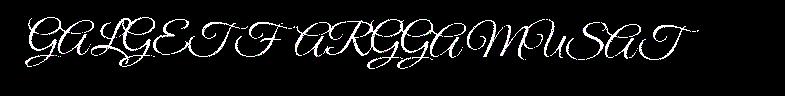
GALGET FARGGAMUSAT